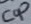
Text: Cop